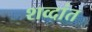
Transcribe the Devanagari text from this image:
शव्दांत